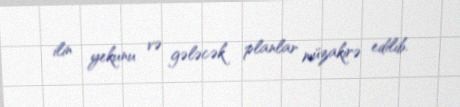
ilin yekunu və gələcək planlar müzakirə edilib.